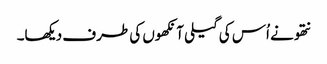
نتھو نے اُس کی گیلی آنکھوں کی طرف دیکھا۔